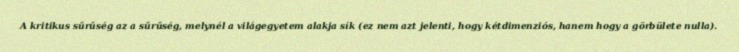
A kritikus sűrűség az a sűrűség, melynél a világegyetem alakja sík (ez nem azt jelenti, hogy kétdimenziós, hanem hogy a görbülete nulla).